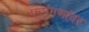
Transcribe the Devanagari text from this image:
पटांगणांवर